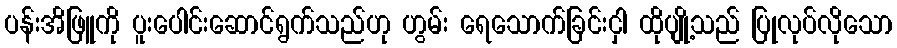
ပန်းအိဖြူကို ပူးပေါင်းဆောင်ရွက်သည်ဟု ဟွမ်း ရေသောက်ခြင်းငှါ ထိုပျို့သည် ပြုလုပ်လိုသော